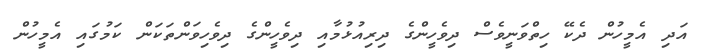
އަދި އެމީހުން ދެކޭ ހިތްވަނީވެސް ދިވެހީންގެ ދިރިއުޅުމާއި ދިވެހީންގެ ދިވެހިވަންތަކަން ކަމުގައި އެމީހުން